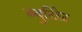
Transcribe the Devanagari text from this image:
ब्युटिरेट